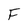
Character: F